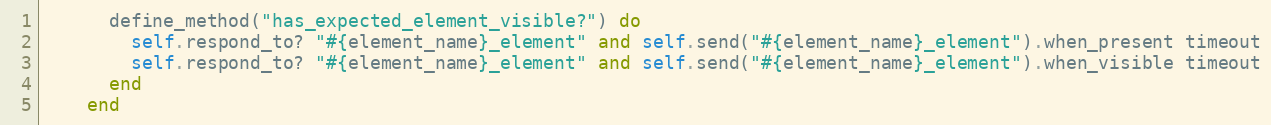
Language: Ruby
      define_method("has_expected_element_visible?") do
        self.respond_to? "#{element_name}_element" and self.send("#{element_name}_element").when_present timeout
        self.respond_to? "#{element_name}_element" and self.send("#{element_name}_element").when_visible timeout
      end
    end